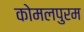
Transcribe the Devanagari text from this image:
कोमलपुरम